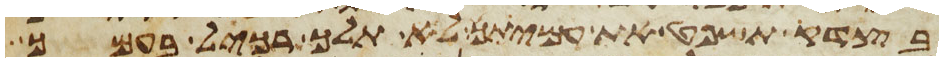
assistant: בצדק תשפט את עמיתך לא תלך רכיל בעמך